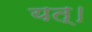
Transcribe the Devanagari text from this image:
यत्।